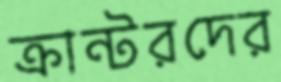
ক্রান্টরদের